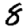
Digit: 8